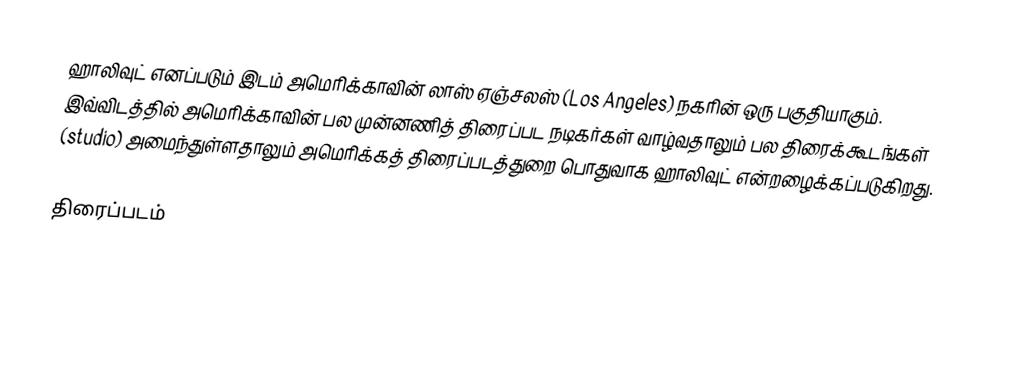
ஹாலிவுட் எனப்படும் இடம் அமெரிக்காவின் லாஸ் ஏஞ்சலஸ் (Los Angeles) நகரின் ஒரு பகுதியாகும். இவ்விடத்தில் அமெரிக்காவின் பல முன்னணித் திரைப்பட நடிகர்கள் வாழ்வதாலும் பல திரைக்கூடங்கள் (studio) அமைந்துள்ளதாலும் அமெரிக்கத் திரைப்படத்துறை பொதுவாக ஹாலிவுட் என்றழைக்கப்படுகிறது.

திரைப்படம்